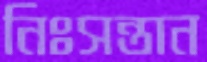
নিঃসন্তান